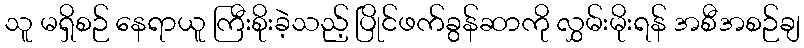
သူ မရှိစဉ် နေရာယူ ကြီးစိုးခဲ့သည့် ပြိုင်ဖက်ခွန်ဆာကို လွှမ်းမိုးရန် အစီအစဉ်ချ